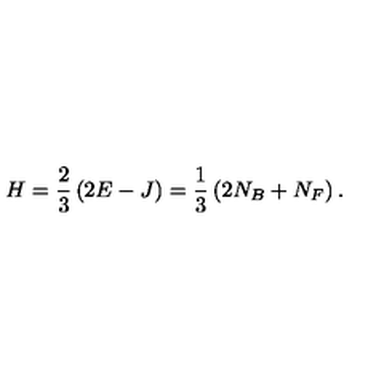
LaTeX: H = \frac { 2 } { 3 } \left( 2 E - J \right) = \frac { 1 } { 3 } \left( 2 N _ { B } + N _ { F } \right) .